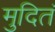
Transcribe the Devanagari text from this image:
मुदितं